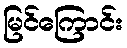
မြင်ကြောင်း